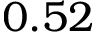
0 . 5 2